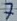
Text: 7